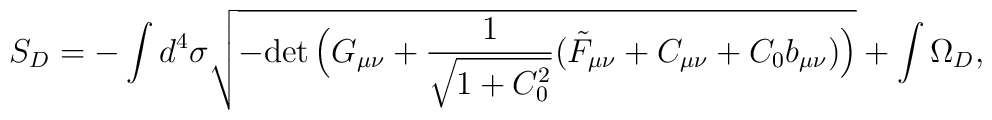
S_D =  -\int d^4 \sigma \sqrt{-{\rm det}\, \Big(G_{\mu\nu} +\frac{1}{\sqrt{1+C_0^2}} (\tilde{F}_{\mu\nu}+C_{\mu\nu}+C_0b_{\mu\nu})\Big)}+\int \Omega_D ,